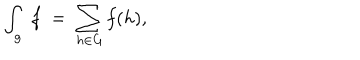
LaTeX: \int _ { g } \; f \; = \; \sum _ { h \in G } f ( h ) ,